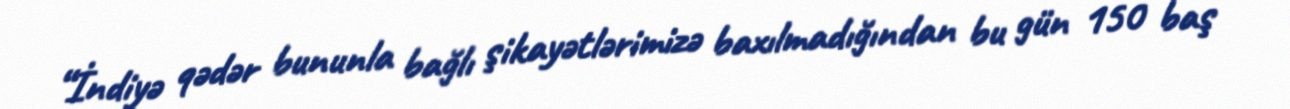
“İndiyə qədər bununla bağlı şikayətlərimizə baxılmadığından bu gün 150 baş